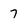
Character: 7